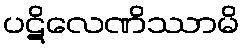
ပဋိလေဏိဿာမိ